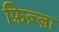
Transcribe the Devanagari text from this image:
फ़िज़्ज़ा